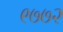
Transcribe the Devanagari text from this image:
९७७२